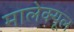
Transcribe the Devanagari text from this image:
मालेक्यूल